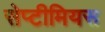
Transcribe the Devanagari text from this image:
सेप्टीमियस